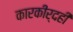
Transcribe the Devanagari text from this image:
कारकीर्दही